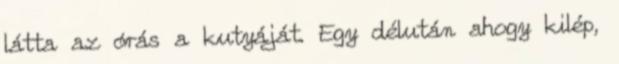
látta az órás a kutyáját. Egy délután ahogy kilép,